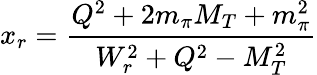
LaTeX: x_{r}=\frac{Q^{2}+2m_{\pi}M_{T}+m_{\pi}^{2}}{W_{r}^{2}+Q^{2}-M_{T}^{2}}